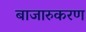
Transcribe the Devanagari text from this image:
बाजारुकरण